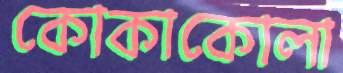
কোকাকোলা